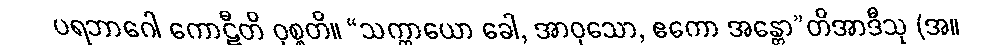
ပရဘာဂေါ ကောဋီတိ ဝုစ္စတိ။ “သက္ကာယော ခေါ, အာဝုသော, ဧကော အန္တော”တိအာဒီသု (အ။